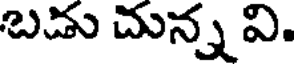
బడు చున్న వి.